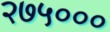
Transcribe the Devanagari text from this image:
२७५०००